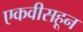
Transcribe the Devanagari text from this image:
एकवीसहून